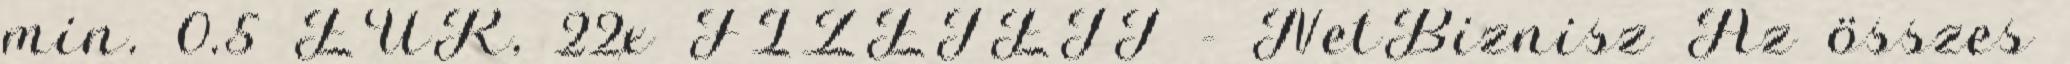
min. 0.5 EUR, 22x FIZETETT - NetBiznisz Az összes